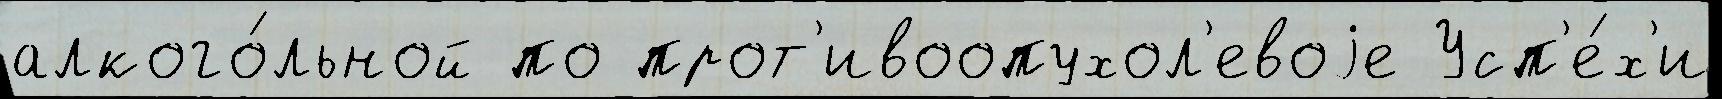
алкого́льной по прот'ивоопухол'евоjе Усп'е́х'и